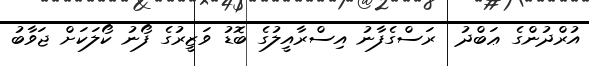
އުރްދުންގެ ޢަބްދު  ރަސްގެފާނު އިސްރާއީލުގެ ބޮޑު ވަޒީރުގެ ފޯނު ކޯލަކަށް ޖަވާބު